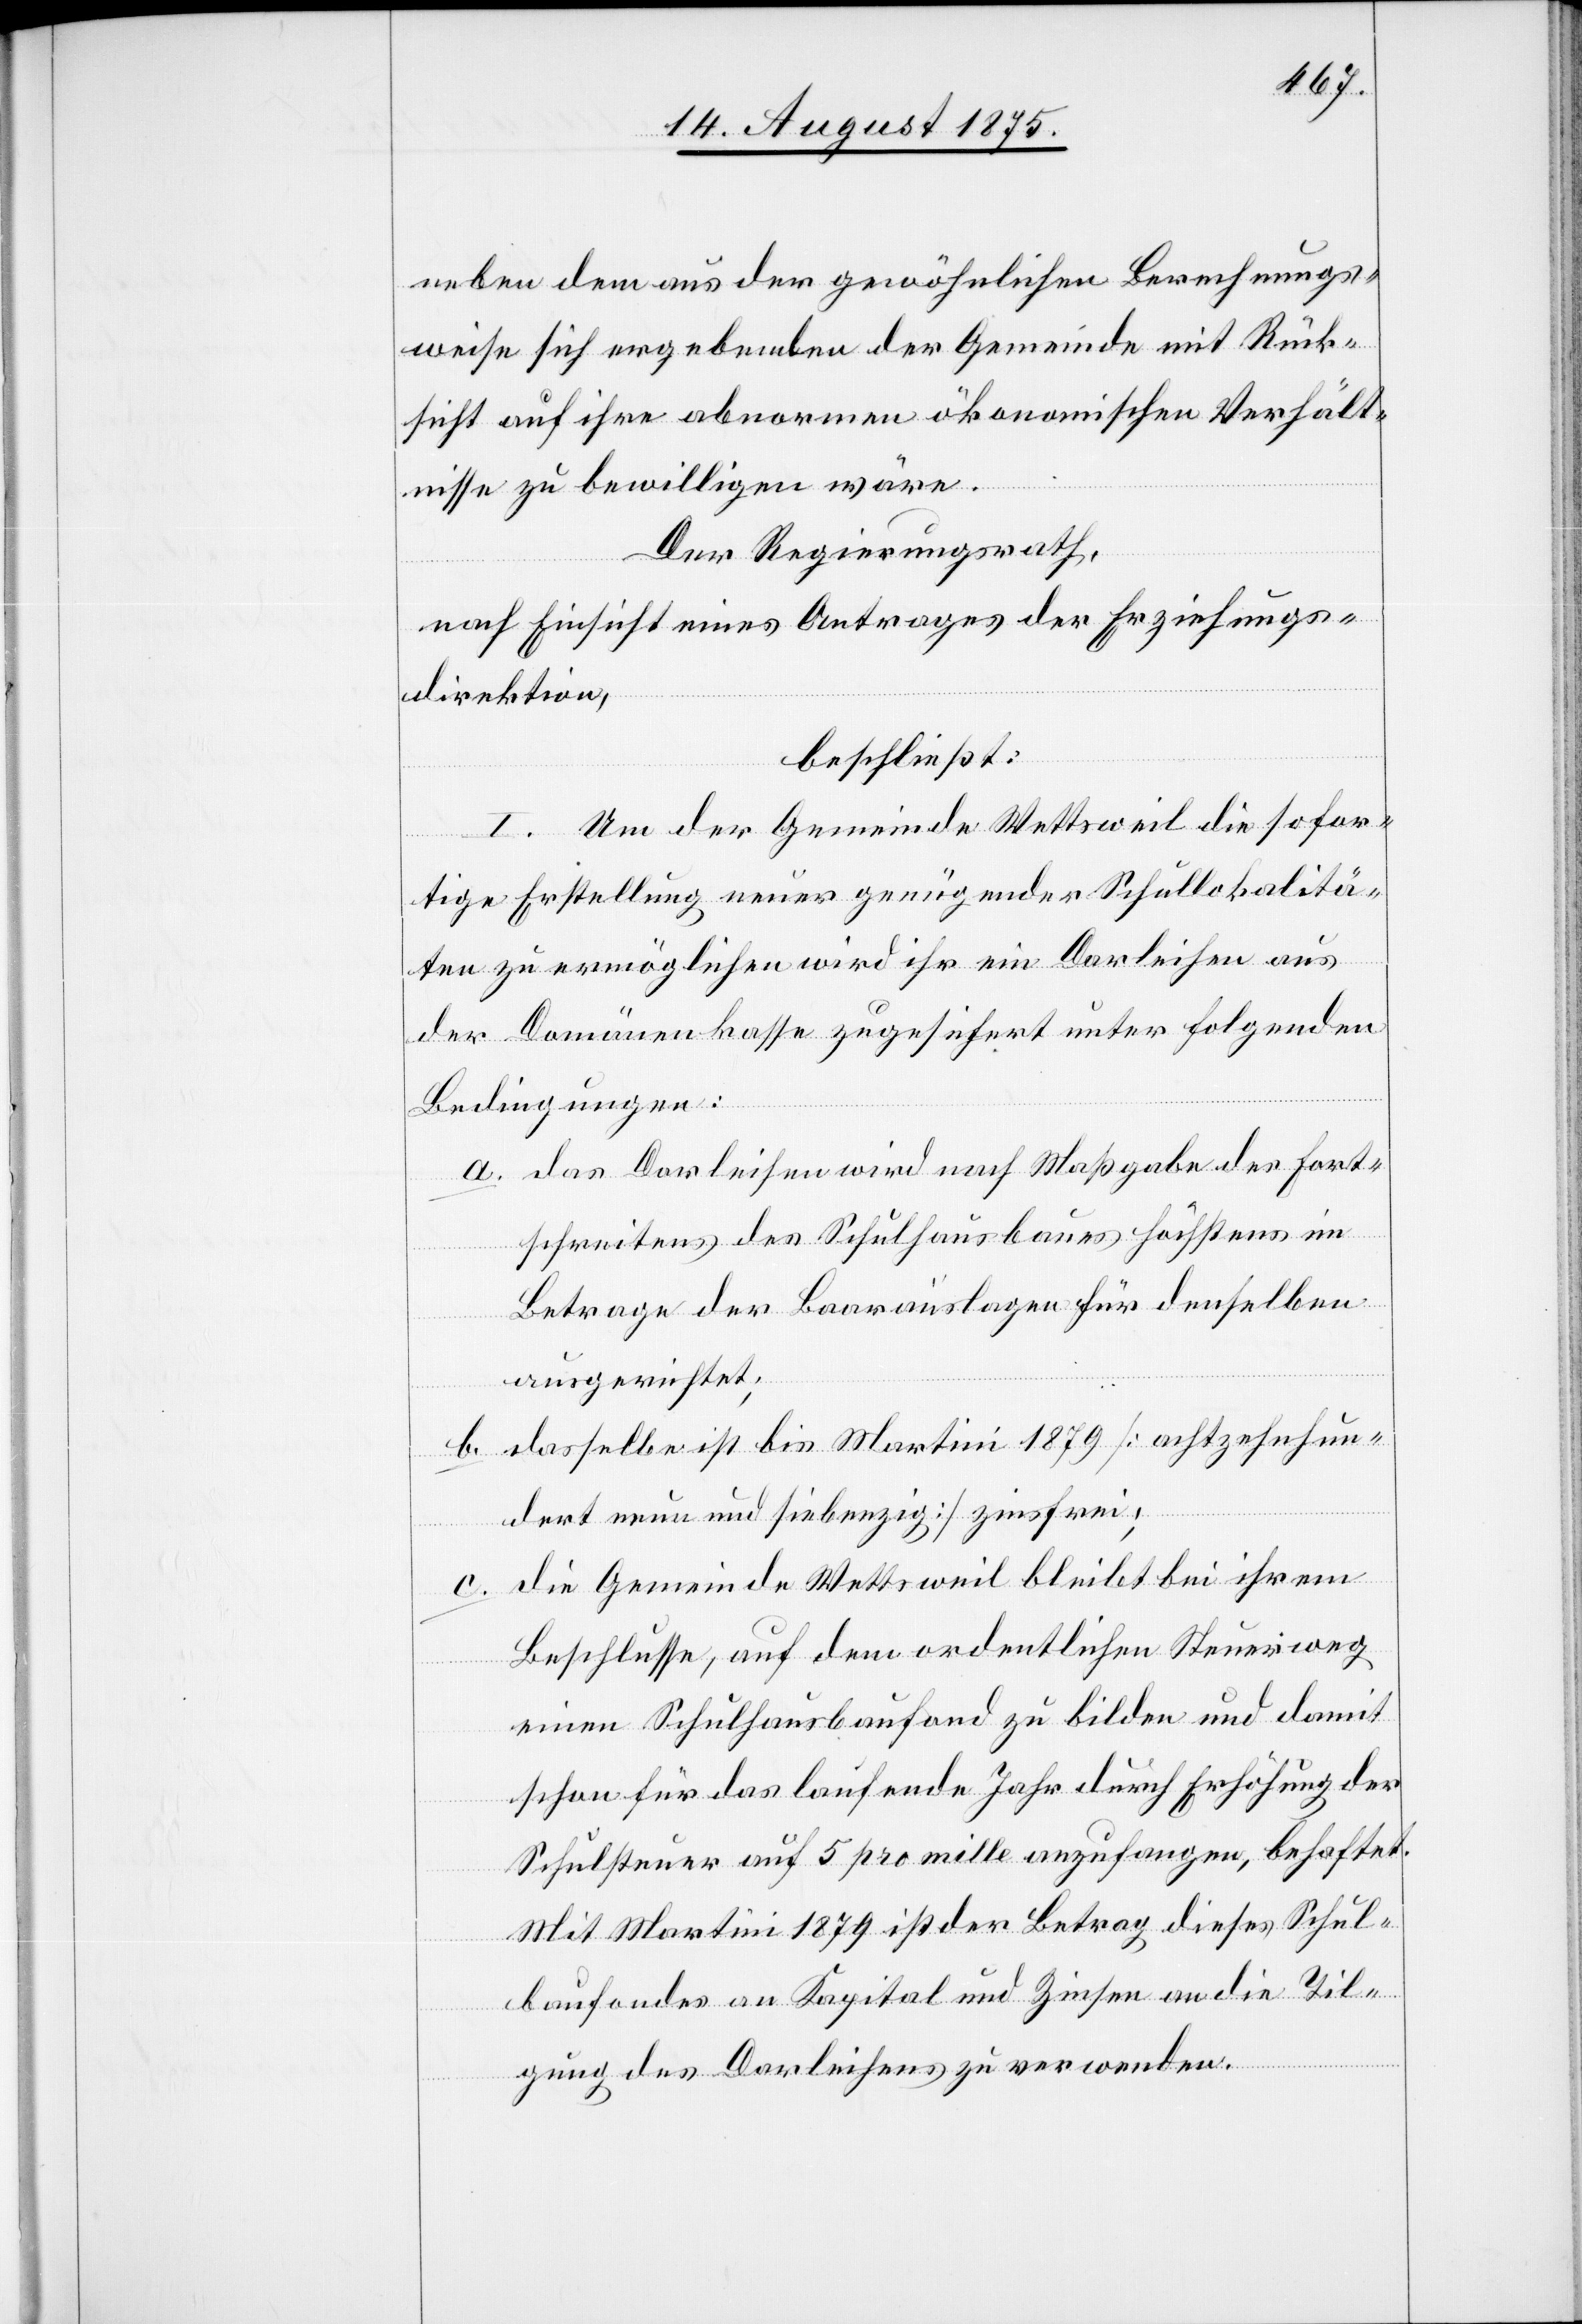
neben dem aus der gewöhnlichen Berechnungs¬
weise sich ergebenden der Gemeinde mit Rück¬
sicht auf ihre abnormen ökonomischen Verhält¬
nisse zu bewilligen wäre.
Der Regierungsrath,
nach Einsicht eines Antrages der Erziehungs¬
direktion,
beschließt:
I. Um der Gemeinde Wettsweil die sofor¬
tige Erstellung neuer genügender Schullokalitä¬
ten zu ermöglichen wird ihr ein Darleihen aus
der Domänenkasse zugesichert unter folgenden
Bedingungen:
a. das Darleihen wird nach Maßgabe des Fort¬
schreitens des Schulhausbaues höchstens im
Betrage der Baarauslagen für denselben
ausgerichtet;
b. dasselbe ist bis Martini 1879 [achtzehnhun¬
dert neun und siebenzig] zinsfrei;
c. die Gemeinde Wettsweil bleibt bei ihrem
Beschlusse, auf dem ordentlichen Steuerweg
einen Schulhausbaufond zu bilden und damit
schon für das laufende Jahr durch Erhöhung der
Schulsteuer auf 5 pro mille anzufangen, behaftet.
Mit Martini 1879 ist der Betrag dieses Schul¬
baufondes an Kapital und Zinsen an die Til¬
gung des Darleihens zu verwenden.